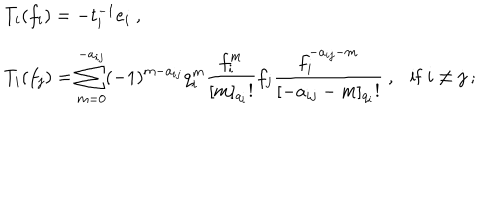
LaTeX: \begin{array} { r c l } { { } } & { { } } & { { T _ { i } ( f _ { i } ) = - t _ { i } ^ { - 1 } e _ { i } ~ , } } \\ { { } } & { { } } & { { T _ { i } ( f _ { j } ) = \displaystyle \sum _ { m = 0 } ^ { - a _ { i j } } ( - 1 ) ^ { m - a _ { i j } } q _ { i } ^ { m } \frac { f _ { i } ^ { m } } { [ m ] _ { q _ { i } } ! } f _ { j } \frac { f _ { i } ^ { - a _ { i j } - m } } { [ - a _ { i j } - m ] _ { q _ { i } } ! } ~ , \mathrm { i f ~ } i \not = j ~ ; } } \\ \end{array}